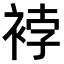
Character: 𧚆